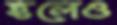
হলেও